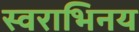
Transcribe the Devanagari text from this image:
स्वराभिनय